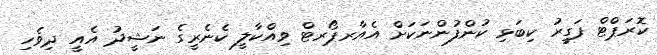
ކޮރަޕްޓް ފަގީރު ކިބަޅި ކުންފުންނަކަށް އެއާރޕޯރޓް ވިއްކާލީ ކެނެރީގެ ނަޝީދު އެއީ ދިވެހި